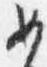
女